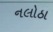
નલોઠા